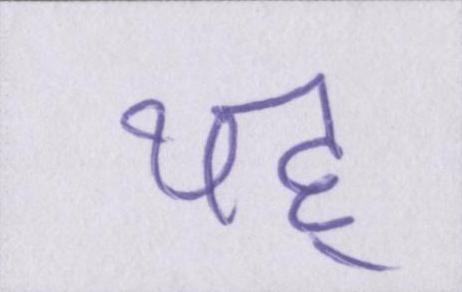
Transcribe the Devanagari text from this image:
यह्